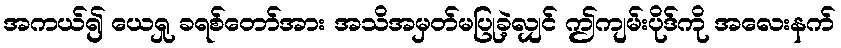
အကယ်၍ ယေရှု ခရစ်တော်အား အသိအမှတ်မပြုခဲ့လျှင် ဤကျမ်းပိုဒ်ကို အလေးနက်